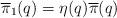
LaTeX: \begin{align*}\overline{\pi}_1(q) = \eta(q) \overline{\pi}(q) \end{align*}